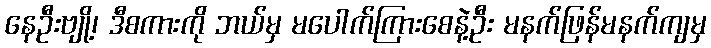
နေဦးဗျို့၊ ဒီစကားကို ဘယ်မှ မပေါက်ကြားစေနဲ့ဦး မနက်ဖြန်မနက်ကျမှ